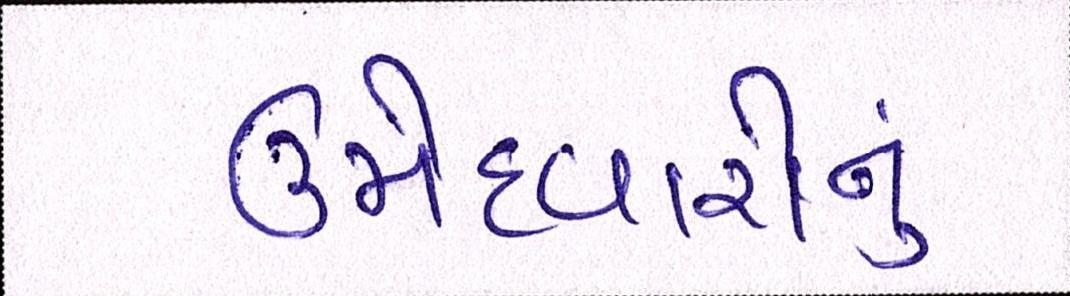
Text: ઉમેદવારોનું